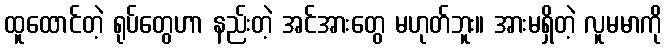
ထူထောင်တဲ့ ရုပ်တွေဟာ နည်းတဲ့ အင်အားတွေ မဟုတ်ဘူး။ အားမရှိတဲ့ လူမမာကို